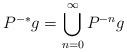
LaTeX: \begin{align*}P^{-*}g = \bigcup_{n=0}^{\infty} P^{-n}g\end{align*}